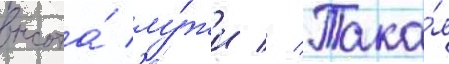
высота́ лу́жи // Така́я